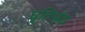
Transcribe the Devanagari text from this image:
धृतिभ्रंश